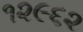
૧૨૯૬૨